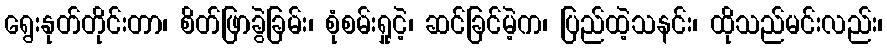
ရွေးနုတ်တိုင်းတာ၊ စိတ်ဖြာခွဲခြမ်း၊ စုံစမ်းရှုငဲ့၊ ဆင်ခြင်မဲ့က၊ ပြည်ထဲ့သနင်း၊ ထိုသည်မင်းလည်း၊